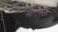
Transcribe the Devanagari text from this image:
सीएनटी